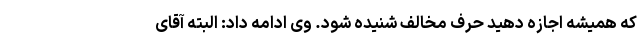
که همیشه اجازه دهید حرف مخالف شنیده شود. وی ادامه داد: البته آقای